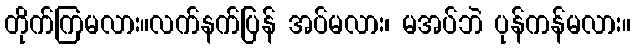
တိုက်ကြမလား။လက်နက်ပြန် အပ်မလား၊ မအပ်ဘဲ ပုန်ကန်မလား။